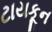
ટાયકૂન